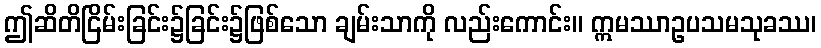
ဤဆိတိငြိမ်းခြင်း၌ခြင်း၌ဖြစ်သော ချမ်းသာကို လည်းကောင်း။ ဣမဿာဥပသမသုခဿ၊